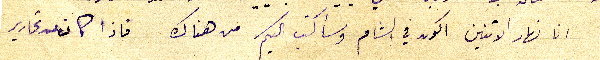
انا نهار الاثنين اكون في الشام وسأكتب اليكم من هناك فاذا كان من تحارير